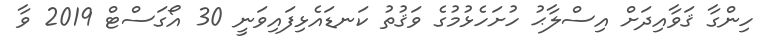
ހިންގާ ޤަވާއިދަށް އިސްލާޙު ހުށަހެޅުމުގެ ވަޤުތު ކަނޑައެޅިފައިވަނީ 30 އޯގަސްޓް 2019 ވާ